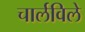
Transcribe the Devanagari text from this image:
चार्लविले